Lunatic asylums Madras 1877-1891 - 1877-1891
Year: 1877
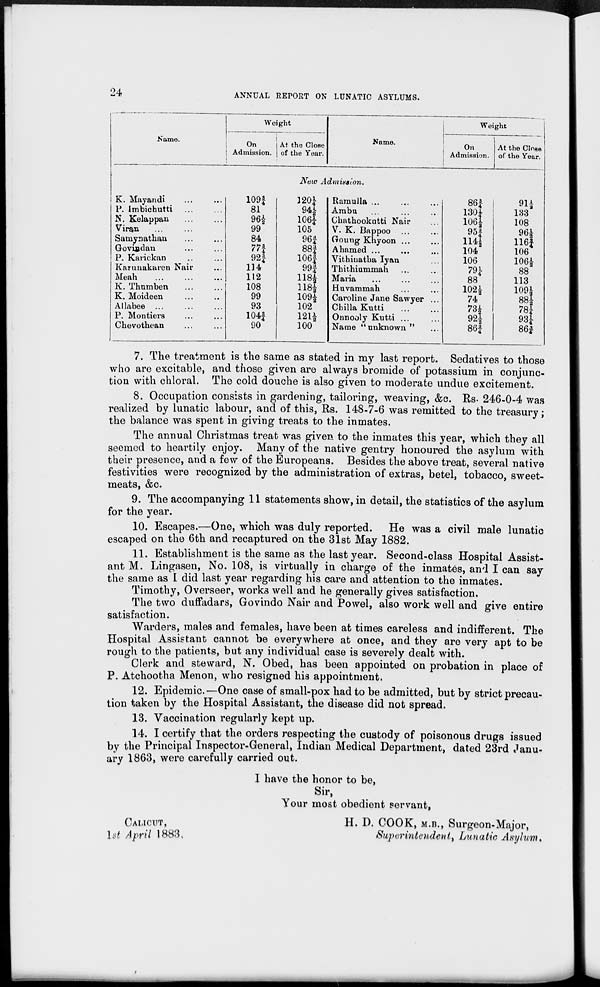
24
ANNUAL REPORT ON LUNATIC ASYLUMS.
Name.
Weight
On
Admission.
At the Close
of the Year.
Name.
Weight
On
Admission.
At the Close
of the Year.
New Admission.
K. Mayandi ... ...
P. Imbichutti
...
...
N. Kelappan ... ...
Viran ... ... ...
Satnyaathau ... ...
Govindan ... ...
P. Karickan
...
...
Karunakaren Nair ...
Meah ... ...
K. Thumben ... ...
K. Moideen ... ...
Allabee ... ... ...
P. Montiers ... ...
Chevothean ... ...
109¾
81
96½
99
84
77¾
92¾
114
112
108
99
93
104¾
90
120¼
944½
106¼
105
96¾
88¾
106¾
99¾
118½
118½
109½
102
121½
100
Ramulla ... ... ...
Ambu ... ... ...
Chathookutti Nair ...
V. K. Bappoo ... ...
Goung Khyoon ... ...
Ahamed ... ...
Vithinatba Iyan ...
Thithiummah ... ...
Maria ... ... ...
Huvammah ... ...
Caroline Jane Sawyer ...
Chilla Kutti ... ...
Onnooly Kutti ... ...
Name "unknown" ...
86¾
130¼
106½
95¾
114½
104
106
79¼
88
102½
74
73½
92½
86¾
91½
133
108
96½
116¾
106
106½
88
113
109½
88½
78¼
93¼
86¾
7. The treatment is the same as stated in my last report. Sedatives to those
who are excitable, and those given are always bromide of potassium in conjunc-
tion with chloral. The cold douche is also given to moderate undue excitement.
8. Occupation consists in gardening, tailoring, weaving, &c. Rs. 246-0-4 was
realized by lunatic labour, and of this, Rs. 148-7-6 was remitted to the treasury;
the balance was spent in giving treats to the inmates.
The annual Christmas treat was given to the inmates this year, which they all
seemed to heartily enjoy. Many of the native gentry honoured the asylum with
their presence, and a few of the Europeans. Besides the above treat, several native
festivities were recognized by the administration of extras, betel, tobacco, sweet-
meats, &c.
9. The accompanying 11 statements show, in detail, the statistics of the asylum
for the year.
10. Escapes.—One, which was duly reported. He was a civil male lunatic
escaped on the 6th and recaptured on the 31st May 1882.
11. Establishment is the same as the last year. Second-class Hospital Assist-
ant M. Lingasen, No. 108, is virtually in charge of the inmates, and I can say
the same as I did last year regarding his care and attention to the inmates.
Timothy, Overseer, works well and he generally gives satisfaction.
The two duffadars, Govindo Nair and Powel, also work well and give entire
satisfaction.
Warders, males and females, have been at times careless and indifferent. The
Hospital Assistant cannot be everywhere at once, and they are very apt to be
rough to the patients, but any individual case is severely dealt with.
Clerk and steward, N. Obed, has been appointed on probation in place of
P. Atchootha Menon, who resigned his appointment.
12. Epidemic.—One case of small-pox had to be admitted, but by strict precau-
tion taken by the Hospital Assistant, the disease did not spread.
13. Vaccination regularly kept up.
14. I certify that the orders respecting the custody of poisonous drugs issued
by the Principal Inspector-General, Indian Medical Department, dated 23rd Janu-
ary 1863, were carefully carried out.
CALICUT,
1st April 1883
I have the honor to be,
Sir,
Your most obedient servant,
H. D. COOK, M.B., Surgeon-Major,
Superintendent, Lunatic Asylum.